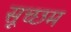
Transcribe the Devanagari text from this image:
सूच्‍छम